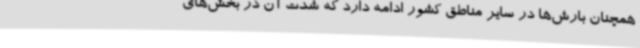
همچنان بارش‌ها در سایر مناطق کشور ادامه دارد که شدت آن در بخش‌های